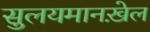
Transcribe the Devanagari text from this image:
सुलयमानख़ेल